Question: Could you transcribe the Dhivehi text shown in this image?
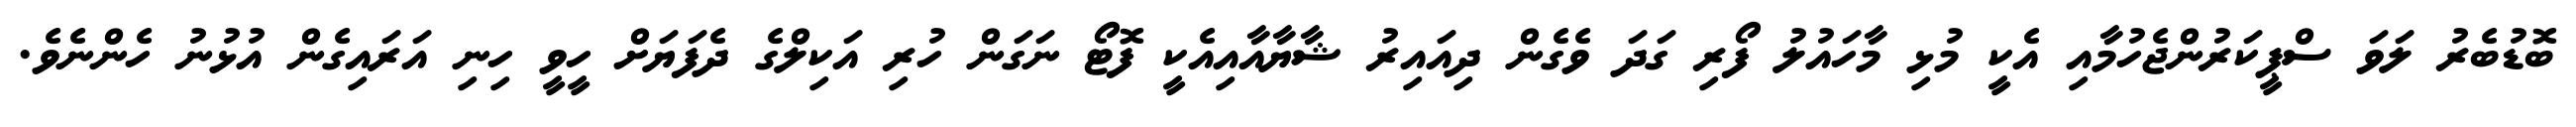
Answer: ބޮޑުބެރު ލަވަ ސްޕީކަރުންޖެހުމާއި އެކީ މުޅި މާހައުލު ފޯރި ގަދަ ވެގެން ދިއައިރު ޝާޔާއާއިއެކީ ފޮޓޯ ނަގަން ހުރި އަކިލްގެ ދެފަޔަށް ހީވީ ހިނި އަރައިގެން އުޅުނު ހެންނެވެ.